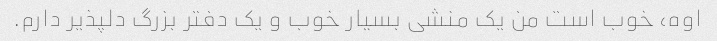
اوه، خوب است من یک منشی بسیار خوب و یک دفتر بزرگ دلپذیر دارم.